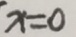
x = 0